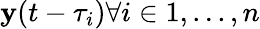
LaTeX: \mathbf{y}(t-\tau_{i})\forall i\in{1,...,n}